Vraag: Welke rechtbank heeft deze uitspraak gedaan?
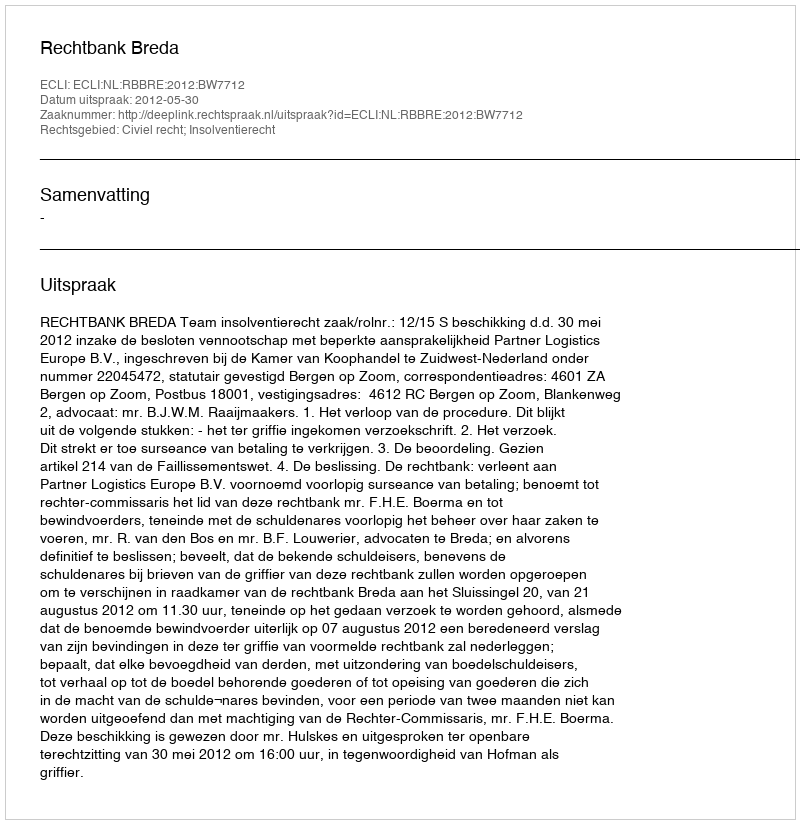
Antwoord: Rechtbank Breda